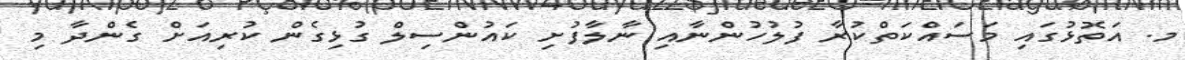
މ. އަތޮޅުގައި މަސައްކަތްކުރާ ފުލުހުންނާއި ނާލާފުށި ކައުންސިލް ގުޅިގެން ކުރިއަށް ގެންދާ މި